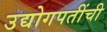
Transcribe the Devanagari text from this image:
उद्योगपतींची